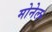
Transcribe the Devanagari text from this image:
मोनेल